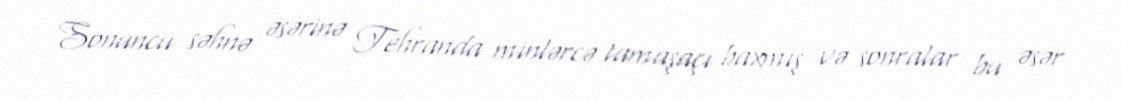
Sonuncu səhnə əsərinə Tehranda minlərcə tamaşaçı baxmış və sonralar bu əsər